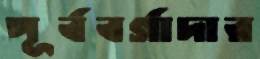
পূর্ববর্গাদার